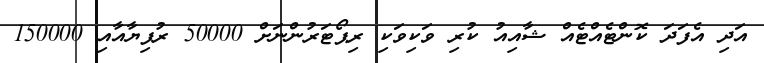
އަދި އެފަދަ ކޮންޓެއްޓެއް ޝާއިއު ކުރި ވަކިވަކި ރިޕޯޓަރުންނަށް 50000 ރުފިޔާއާއި 150000